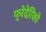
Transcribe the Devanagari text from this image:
फ्रेदेरिको